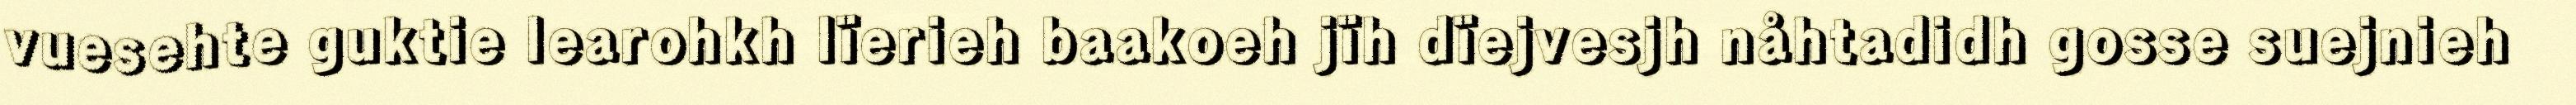
vuesehte guktie learohkh lïerieh baakoeh jïh dïejvesjh nåhtadidh gosse suejnieh